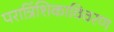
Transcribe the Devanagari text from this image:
परात्रिंशिकाविवरण